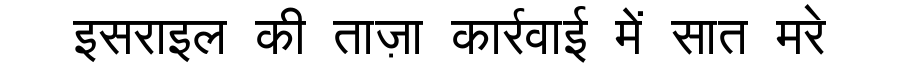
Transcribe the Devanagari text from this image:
इसराइल की ताज़ा कार्रवाई में सात मरे